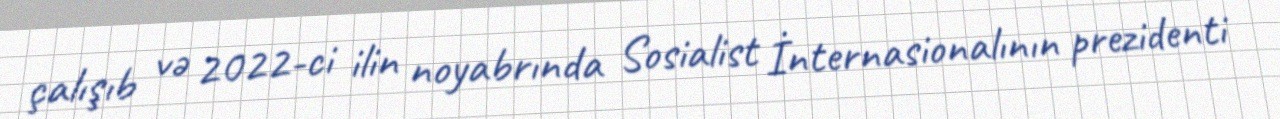
çalışıb və 2022-ci ilin noyabrında Sosialist İnternasionalının prezidenti